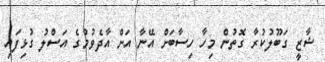
ޝާޒީ ގަބޫލުކުރާ ގޮތުން މިހާ ހިސާބަށް އޭނާ އަށް އާދެވުމުގެ އަސްލު ގުޅިފައި